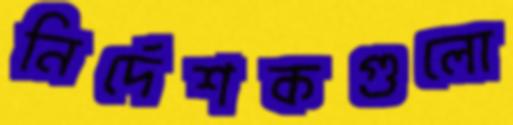
নির্দেশকগুলো